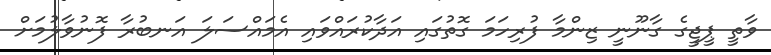
ވާތީ ޕީޖީގެ ގާނޫނީ ޒިންމާ ފުރިހަމަ ގޮތުގައި އަދާކުރައްވައި އެމައްސަލަ އަނބުރާ ފޮނުވާލުމަށް